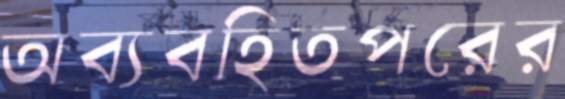
অব্যবহিতপরের